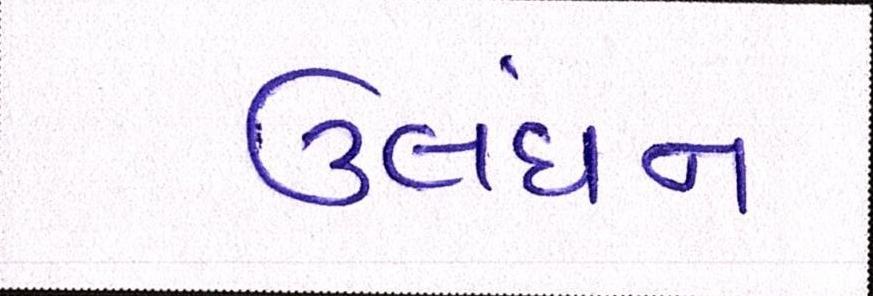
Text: ઉલંઘન